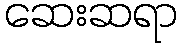
ဆေးဆရာ